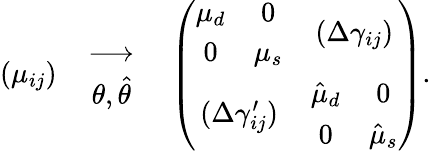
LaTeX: (\mu_{ij})\quad{\longrightarrow\atop{\theta,\hat{\theta}}}\quad\left(\begin{array}{cc}{{\begin{array}{cc}{{\mu_{d}}}&{{0}}\\ {{0}}&{{\mu_{s}}}\end{array}}}&{{(\Delta\gamma_{ij})}}\\ {{(\Delta\gamma_{ij}^{\prime})}}&{{\begin{array}{cc}{{\hat{\mu}_{d}}}&{{0}}\\ {{0}}&{{\hat{\mu}_{s}}}\end{array}}}\end{array}\right).